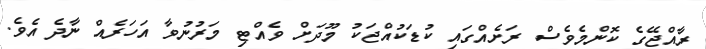
ރާއްޖޭގެ ކޮންމެވެސް ރަށެއްގައި ކުޑަކުއްޖަކު މޫދަށް ވެއްޓި މަރުނުވާ އަހަރެއް ނާދެ އެވެ.